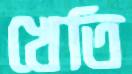
খেতি